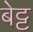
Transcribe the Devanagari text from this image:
बेट्ट